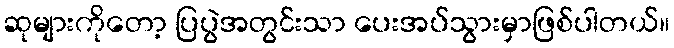
ဆုများကိုတော့ ပြပွဲအတွင်းသာ ပေးအပ်သွားမှာဖြစ်ပါတယ်။